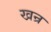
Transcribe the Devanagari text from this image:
खन्र